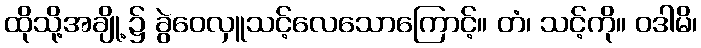
ထိုသို့အချို့၌ ခွဲဝေလှူသင့်လေသောကြောင့်။ တံ၊ သင့်ကို။ ဝဒါမိ၊